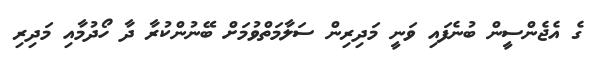
ގެ އެޖެންސީން ބުނެފައި ވަނީ މަދިރިން ސަލާމަތްވުމަށް ބޭނުންކުރާ ދާ ހޯދުމާއި މަދިރި